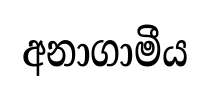
අනාගාමීය